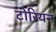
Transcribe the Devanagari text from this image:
टोरियन